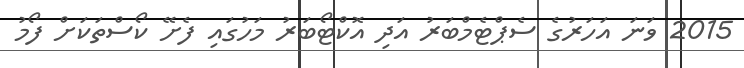
2015 ވަނަ އަހަރުގެ ސެޕްޓެމްބަރު އަދި އޮކްޓޯބަރު މަހުގައި ފެށޭ ކޯސްތަކަށް ފޯމު